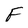
Character: F